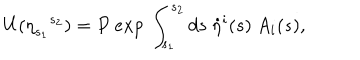
U ( { \eta } _ { s _ { 1 } } { } ^ { s _ { 2 } } ) = P \ e x p \ \int _ { s _ { 1 } } ^ { s _ { 2 } } d s \ { \dot { \eta } } ^ { i } ( s ) \ A _ { i } ( s ) ,